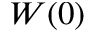
W ( 0 )